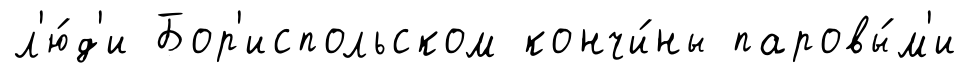
л'ю́д'и Бор'испольском кончи́ны паровы́м'и